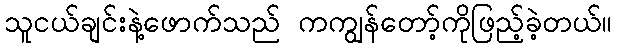
သူငယ်ချင်းနဲ့ဖောက်သည် ကကျွန်တော့်ကိုဖြည့်ခဲ့တယ်။